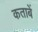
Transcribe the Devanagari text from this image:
कताबें